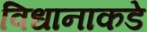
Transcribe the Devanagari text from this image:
विधानाकडे